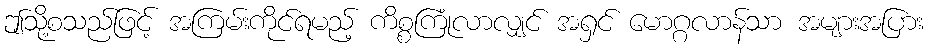
ဤသို့စသည်ဖြင့် အကြမ်းကိုင်ရမည့် ကိစ္စကြုံလာလျှင် အရှင် မောဂ္ဂလာန်သာ အများအပြား